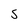
Character: 5